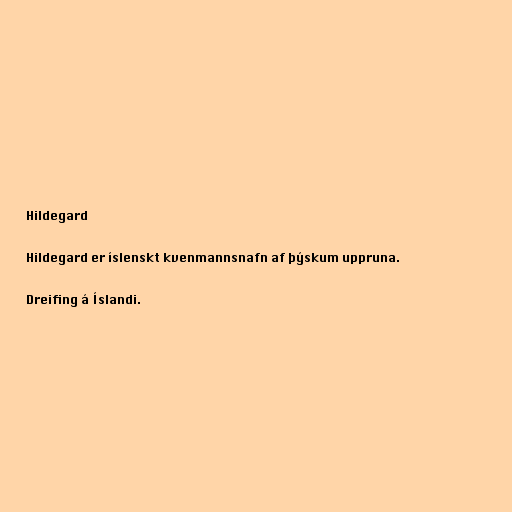
Hildegard

Hildegard er íslenskt kvenmannsnafn af þýskum uppruna.

Dreifing á Íslandi.